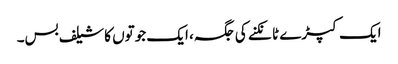
ایک کپڑے ٹانکنے کی جگہ، ایک جوتوں کا شیلف بس۔